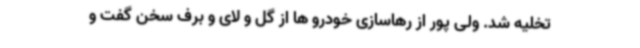
تخلیه شد. ولی پور از رهاسازی خودرو ها از گل و لای و برف سخن گفت و